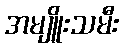
အမျိူးသမီး